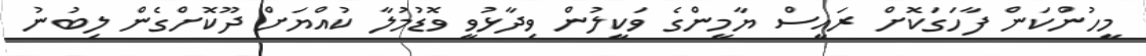
މީހުންކަން ފާހަގަކޮށް ރައީސް ޔާމީންގެ ވަކީލުން ވިދާޅުވީ ވޮޑުމުލާ ކުއްޔަށް ދޫކޮށްގެން ލިބުނު